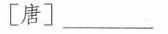
[唐]___